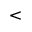
<